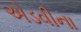
એડવીના